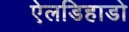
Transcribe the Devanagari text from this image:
ऐलडिहाडो